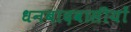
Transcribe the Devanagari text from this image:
धनबादवासीयों